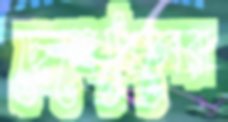
ছেলেপেলেরা